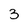
Character: 3